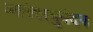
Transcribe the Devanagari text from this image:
आनंदरघुनंदन